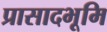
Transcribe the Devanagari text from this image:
प्रासादभूमि